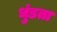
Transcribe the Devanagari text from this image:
धुंडता